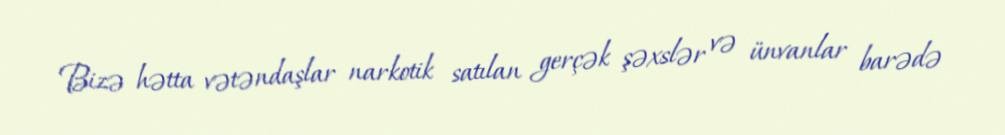
Bizə hətta vətəndaşlar narkotik satılan gerçək şəxslər və ünvanlar barədə